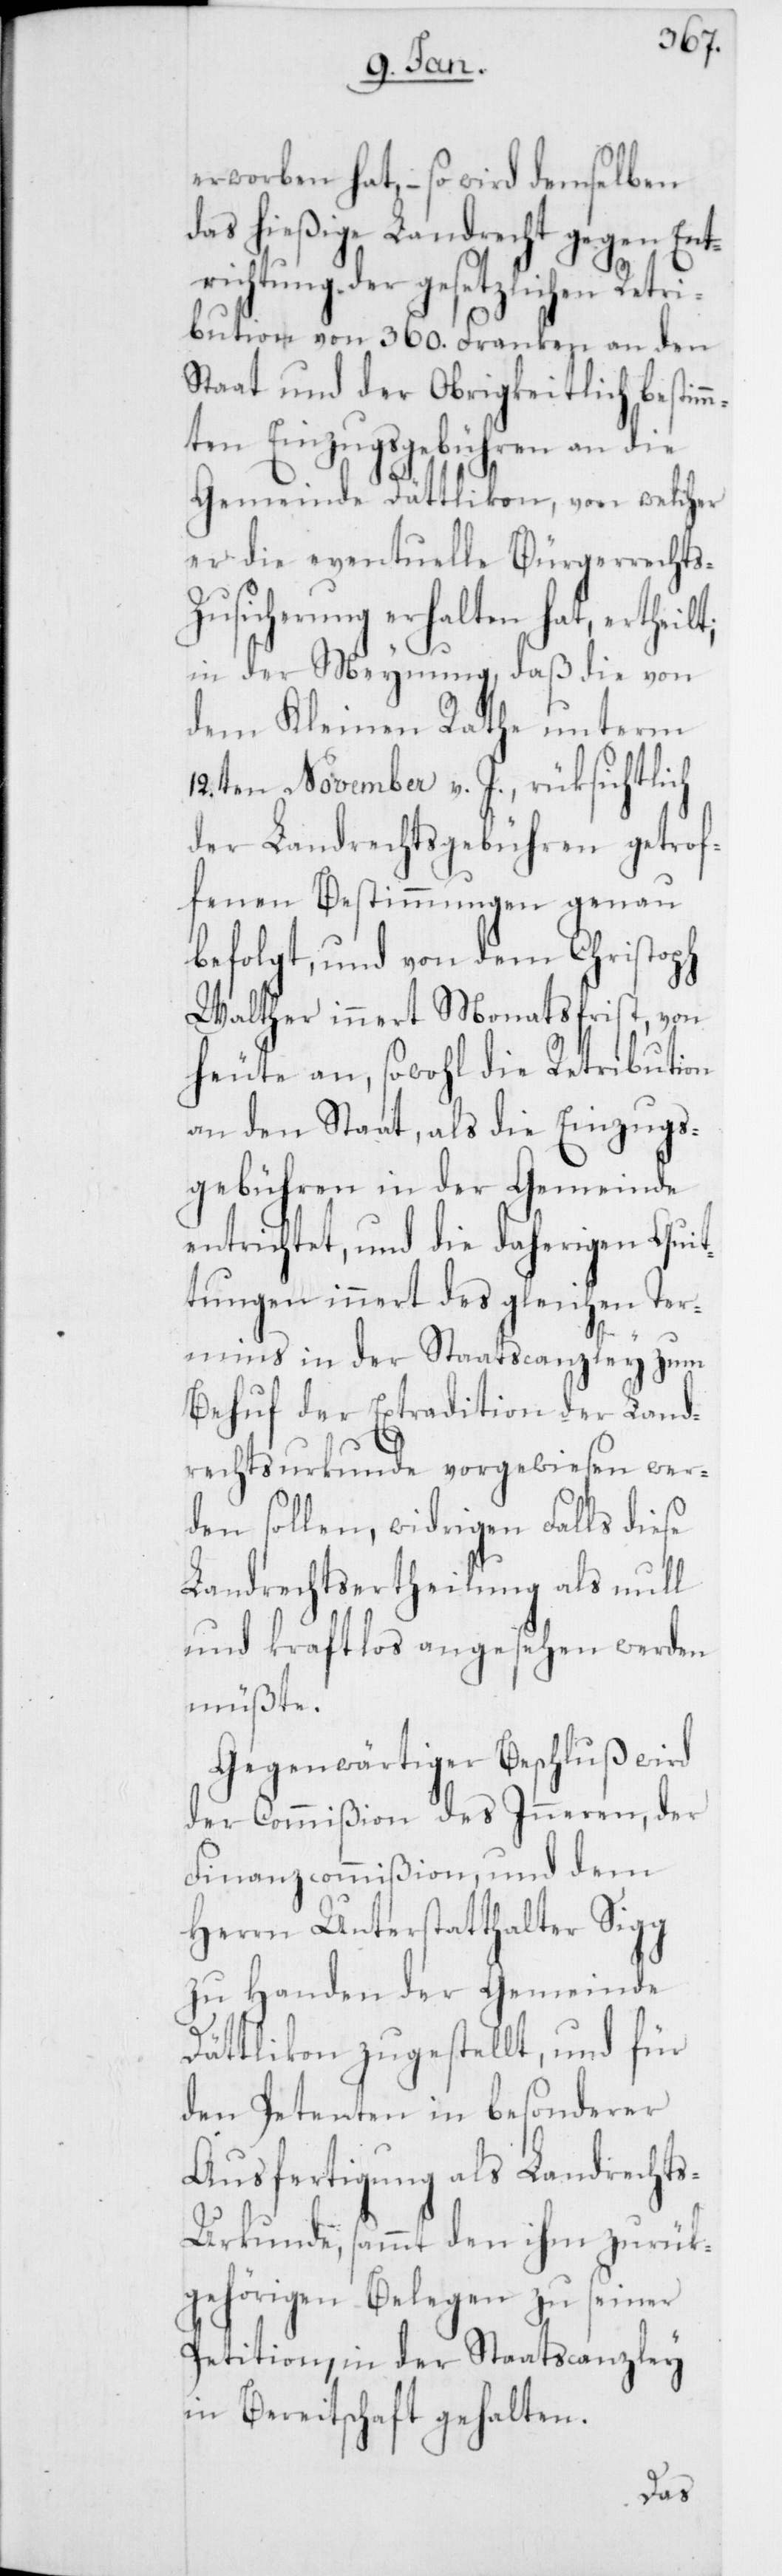
erworben hat, – so wird demselben
das hießige Landrecht gegen Ent¬
richtung der gesetzlichen Retri¬
bution von 360. Franken an den
Staat und der Obrigkeitlich bestim¬
mten Einzugsgebühren an die
Gemeinde Dättlikon, von welcher
er die eventuelle Bürgerrechts-Z¬
usicherung erhalten hat, ertheilt;
in der Meynung, daß die von
dem kleinen Rathe unterm
12.ten November v. J. rüksichtlich
der Landrechtsgebühren getrof¬
fenen Bestimmungen genau
befolgt, und von dem Christoph
Walther innert Monatsfrist, von
heute an, sowohl die Retribution
an den Staat, als die Einzugs¬
gebühren in der Gemeinde
entrichtet, und die daherigen Quit¬
tungen innert des gleichen Ter¬
mins in der Staatscanzley zum
Behuf der Extradition der Land¬
rechtsurkunde vorgewiesen wer¬
den sollen, widrigen Falls diese
Landrechtsertheilung als null
und kraftlos angesehen werden
müßte.
Gegenwärtiger Beschluß wird
der Commißion des Inneren, der
Finanzcommißion, und dem
Herrn Unterstatthalter Sigg
zu Handen der Gemeinde
Dättlikon zugestellt, und für
den Petenten in besonderer
Ausfertigung als Landrecht¬
s-Urkunde sammt den ihm zurük¬
gehörigen Belegen zu seiner
Petition, in der Staatscanzley
in Bereitschaft gehalten.